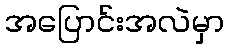
အပြောင်းအလဲမှာ